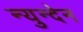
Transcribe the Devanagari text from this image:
न्युन्देन